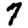
Digit: 7